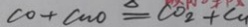
C O + C u O \xlongequal { \Delta } C O _ { 2 } + C u